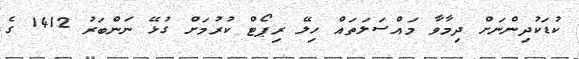
ކުޑަކުދިންނަށް ދިމާވާ މައްސަލަތައް ހިލޭ ރިޕޯޓް ކުރުމަށް ގުޅޭ ނަންބަރު 1412 ގެ